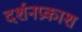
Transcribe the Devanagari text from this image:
दर्शनप्रकाश